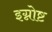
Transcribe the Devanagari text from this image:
इग्नोष्ट